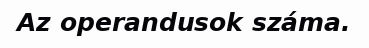
Az operandusok száma.